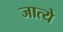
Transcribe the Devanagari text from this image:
जात्ये